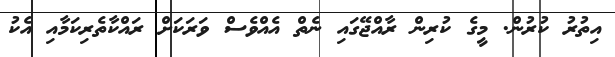
އިތުރު ކުރުން. މީގެ ކުރިން ރާއްޖޭގައި ނެތް އެއްވެސް ވަރަކަށް ރައްކާތެރިކަމާއި އެކު